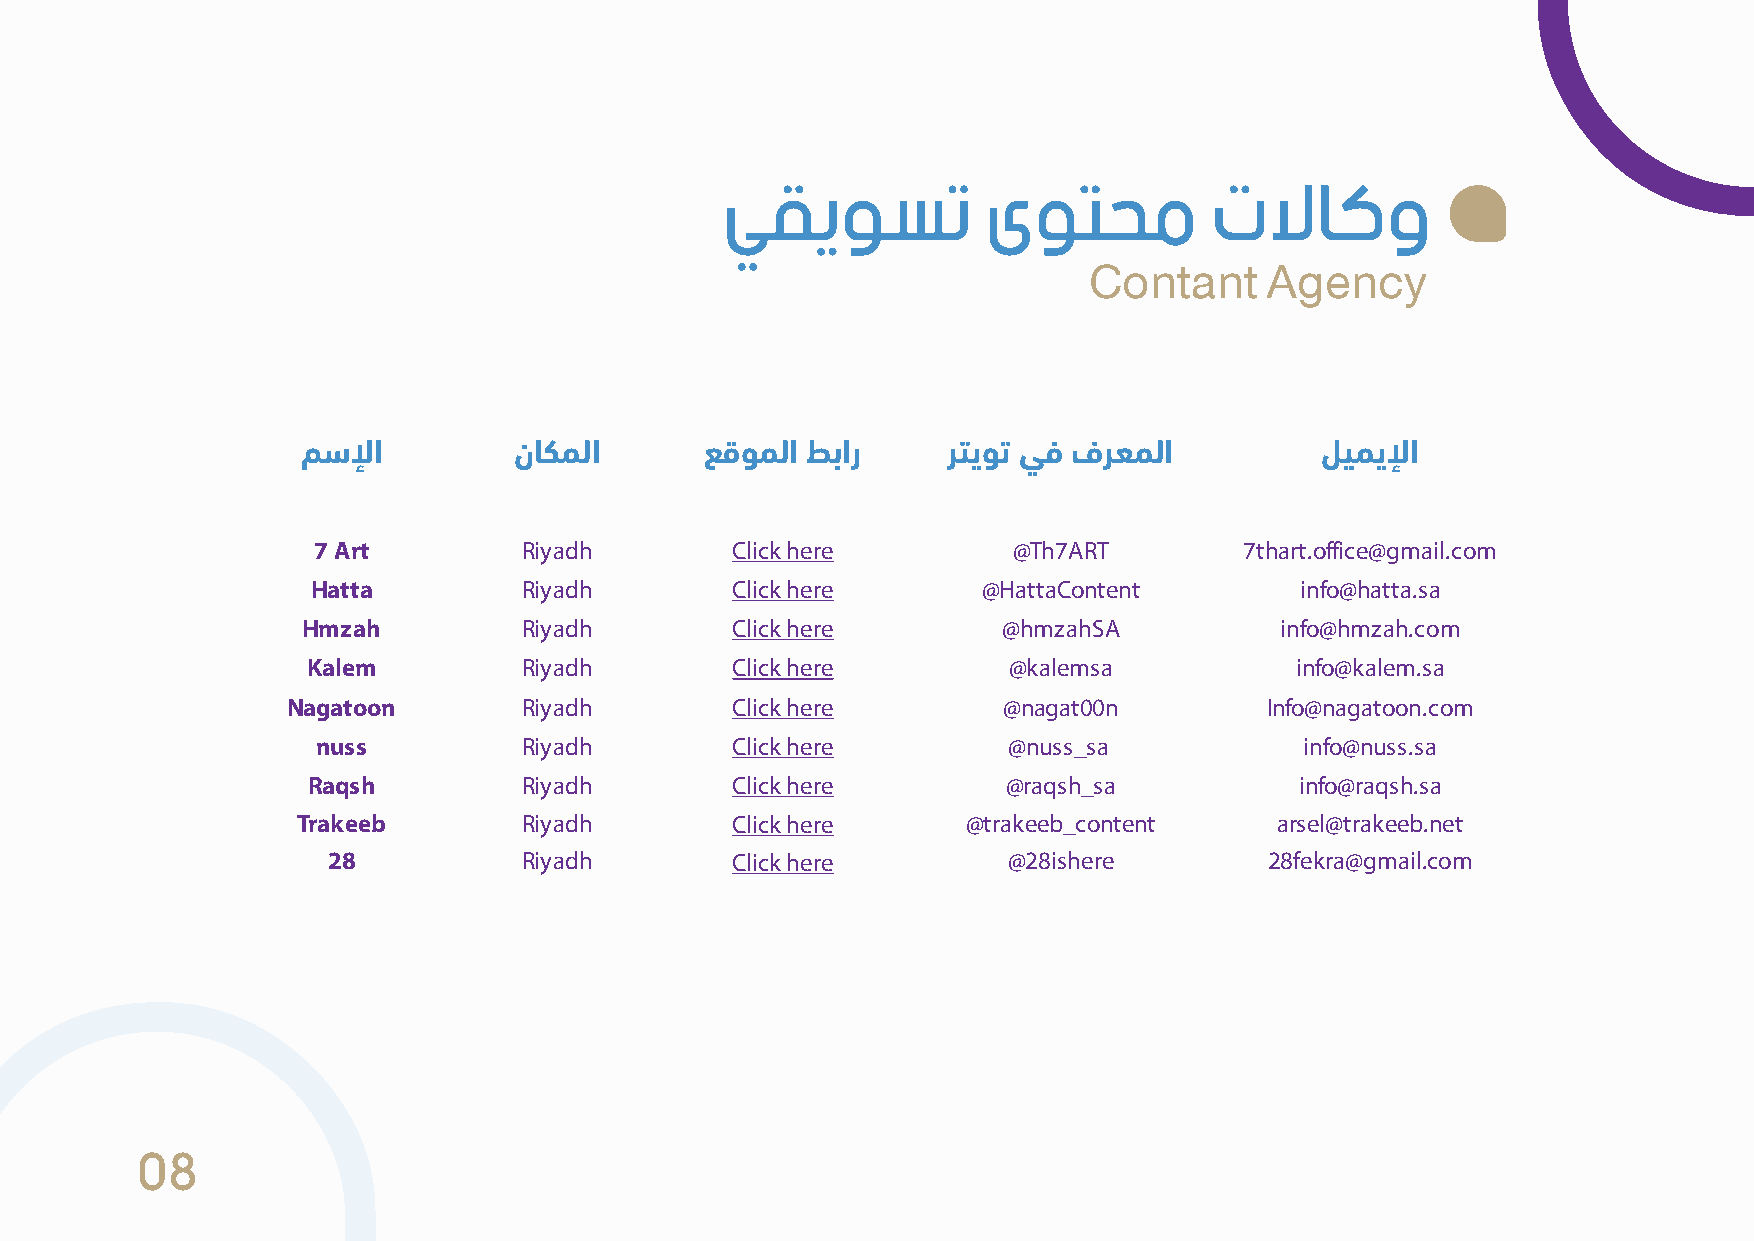
ﻲﻘﻳﻮﺴﺗ           ﻯﻮﺘﺤﻣ          ﺕﻻﺎﻛﻭ
 Contant     Agency
 ﻢﺳﻹا          نﺎﻜﻤﻟا       ﻊﻗﻮﻤﻟا ﻂﺑار     ﺮﺘﻳﻮﺗ ﻲﻓ فﺮﻌﻤﻟا          ﻞﻴﻤﻳﻹا
 7 Art         Riyadh       Click here         @Th7ART        7thart.office@gmail.com
 Hatta         Riyadh       Click here       @HattaContent        info@hatta.sa
 Hmzah          Riyadh       Click here        @hmzahSA           info@hmzah.com
 Kalem          Riyadh       Click here         @kalemsa           info@kalem.sa
 Nagatoon        Riyadh       Click here        @nagat00n         Info@nagatoon.com
 nuss          Riyadh       Click here         @nuss_sa           info@nuss.sa
 Raqsh          Riyadh       Click here         @raqsh_sa          info@raqsh.sa
 Trakeeb        Riyadh       Click here      @trakeeb_content     arsel@trakeeb.net
 28           Riyadh       Click here         @28ishere        28fekra@gmail.com
 08